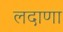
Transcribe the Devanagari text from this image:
लदाणा